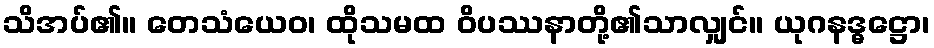
သိအပ်၏။ တေသံယေဝ၊ ထိုသမထ ဝိပဿနာတို့၏သာလျှင်။ ယုဂနဒ္ဓဋ္ဌော၊